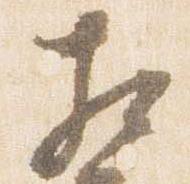
相